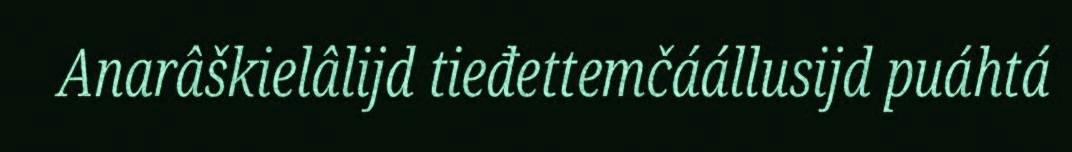
Anarâškielâlijd tieđettemčáállusijd puáhtá